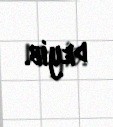
deyib.